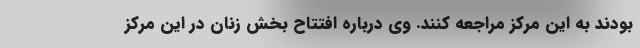
بودند به این مرکز مراجعه کنند. وی درباره افتتاح بخش زنان در این مرکز